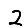
Digit: 2